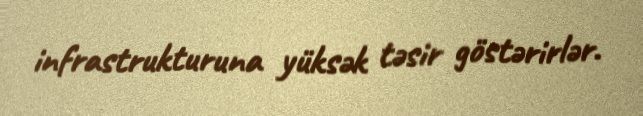
infrastrukturuna yüksək təsir göstərirlər.